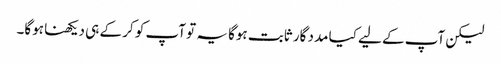
لیکن آپ کے لیے کیا مدد گار ثابت ہوگا یہ تو آپ کو کر کے ہی دیکھنا ہوگا۔